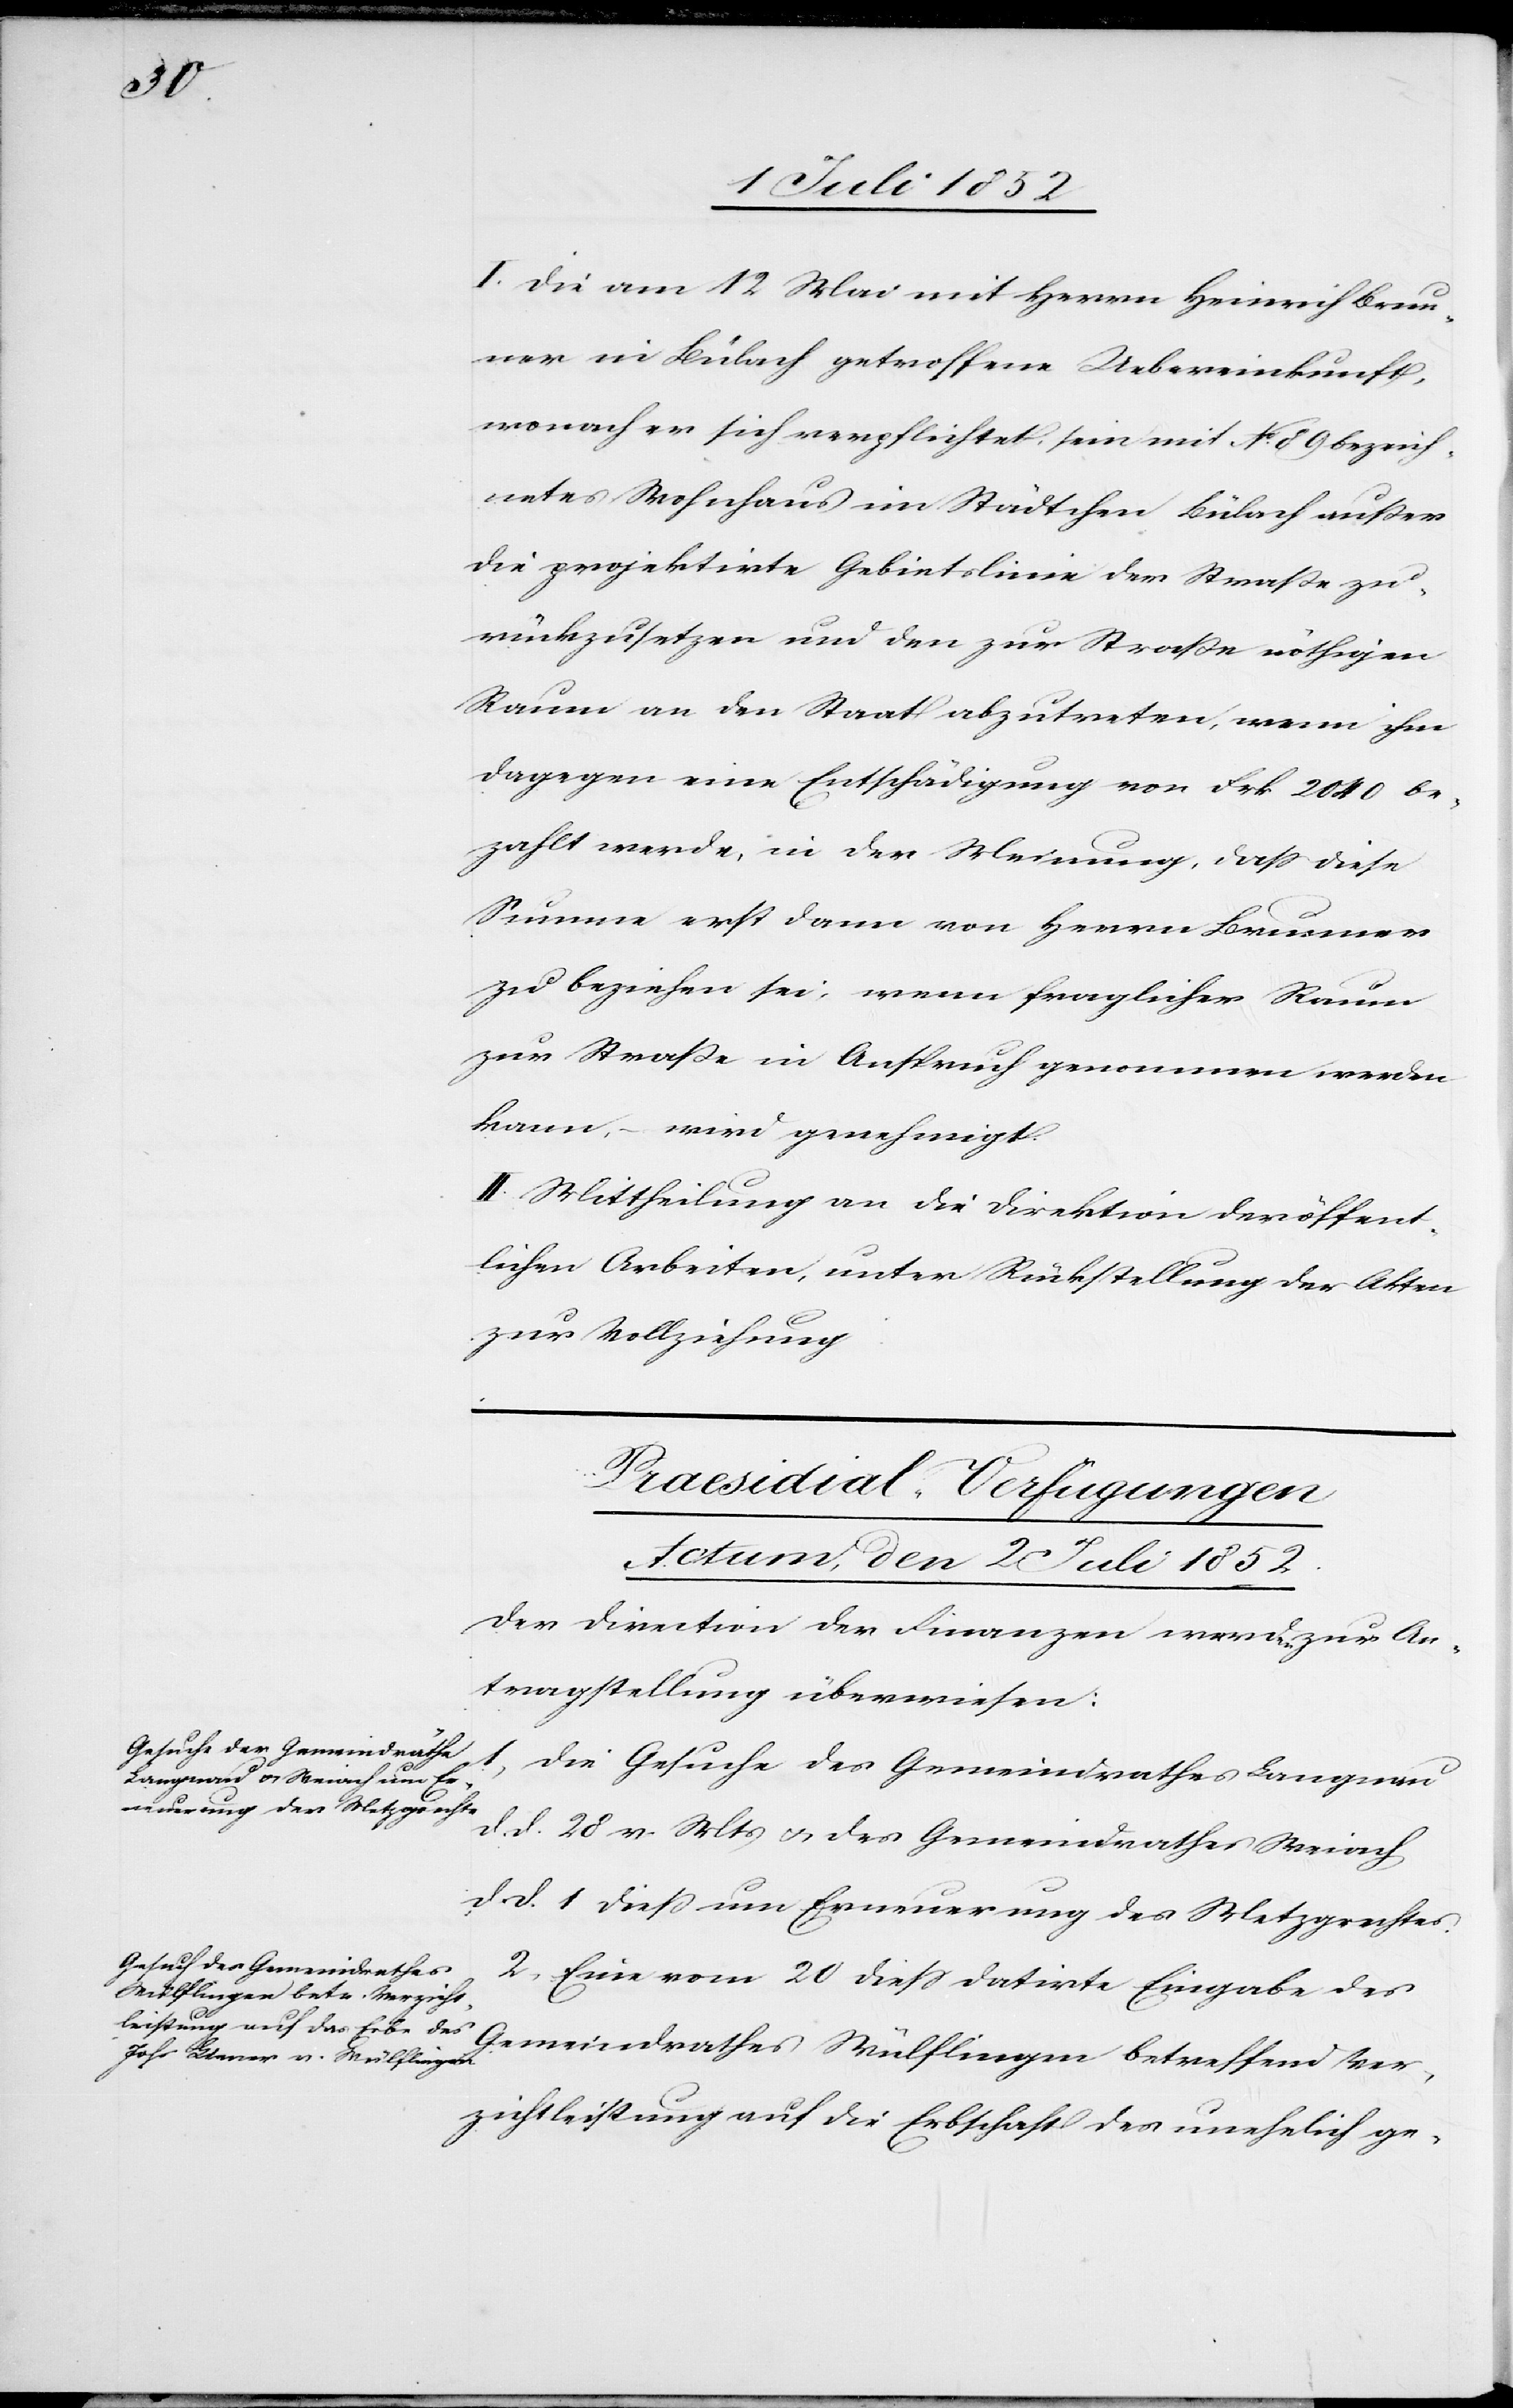
Ver¬

I. Die am 12 Mai mit Herrn Heinrich Brun¬
ner in Bülach getroffene Uebereinkunft,
wonach er sich verpflichtet, sein mit No. 89 bezeich¬
netes Wohnhaus im Städtchen Bülach außer
die projektirte Gebietslinie der Straße zu¬
rückzusetzen und den zur Straße nöthigen
Raum an den Staat abzutreten, wenn ihm
dagegen eine Entschädigung von Frk 2040 be¬
zahlt werde, in der Meinung, dass diese
Summe erst dann von Herrn Brunner
zu beziehen sei, wenn fraglicher Raum
zur Straße in Anspruch genommen werden
kann, – wird genehmigt.
II. Mittheilung an die Direktion der öffent¬
lichen Arbeiten, unter Rückstellung der Akten
zur Vollziehung.
[Praesidial-Verfügungen
Actum, den 2 Juli 1852.]
Der Direction der Finanzen werden zur An¬
tragstellung überwiesen:
1, Die Gesuche des Gemeindrathes Langnau
d. d. 28 v. Mts & des Gemeindrathes Weiach
d. d. 1 dieß um Erneuerung des Metzgrechtes.
2, Eine vom 20 diess datirte Eingabe des
zichtleistung auf die Erbschaft des unehelich ge-